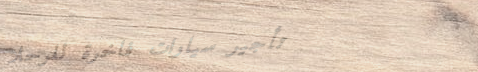
تأجير سيارات فاخرة للرحلا